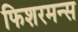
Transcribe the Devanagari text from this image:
फिशरमन्स